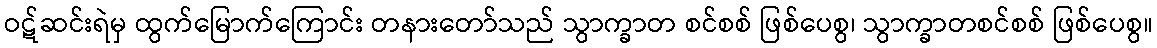
ဝဋ်ဆင်းရဲမှ ထွက်မြောက်ကြောင်း တနားတော်သည် သွာက္ခာတ စင်စစ် ဖြစ်ပေစွ၊ သွာက္ခာတစင်စစ် ဖြစ်ပေစွ။